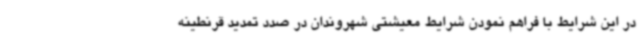
در این شرایط با فراهم نمودن شرایط معیشتی شهروندان در صدد تمدید قرنطینه